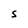
Character: S